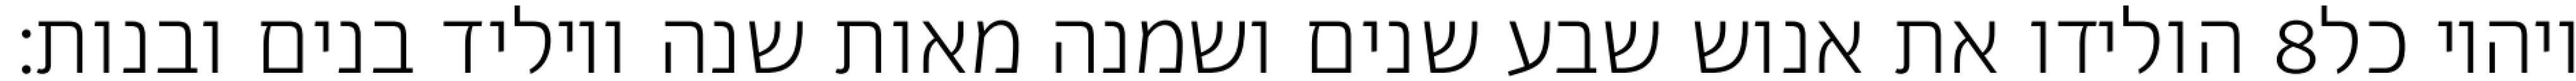
הולידו את אנוש שבע שנים ושמנה מאות שנה ויוליד בנים ובנות׃ ‎8‏ ויהיו כל